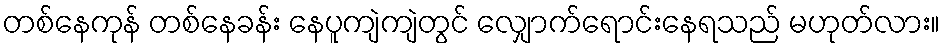
တစ်နေကုန် တစ်နေခန်း နေပူကျဲကျဲတွင် လျှောက်ရောင်းနေရသည် မဟုတ်လား။